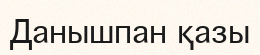
Данышпан қазы